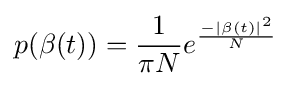
p(\beta (t))={\frac {1}{\pi N}}e^{\frac {-{\left\vert \beta (t)\right\vert }^{2}}{N}}